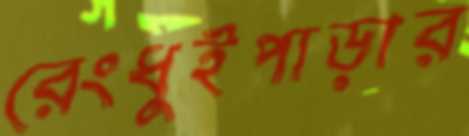
রেংধুইপাড়ার